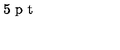
\vspace { 3 5 p t } \special { p s f i l e = 3 - 1 . p s }